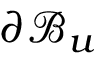
\partial \mathcal { B } _ { u }